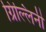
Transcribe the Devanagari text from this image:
ग्रिल्लिनी